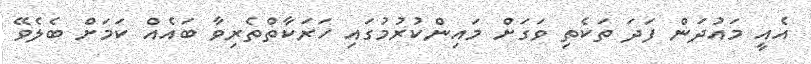
އެއީ މައުދަން ފަދަ ތަކެތި ވަގަށް މައިންކުރުމުގައި ހަރަކާތްތެރިވާ ބައެއް ކަމަށް ބެލެވޭ